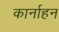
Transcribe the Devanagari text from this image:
कार्नाहन